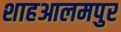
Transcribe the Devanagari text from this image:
शाहआलमपुर